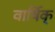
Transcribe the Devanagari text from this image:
वार्षिक्